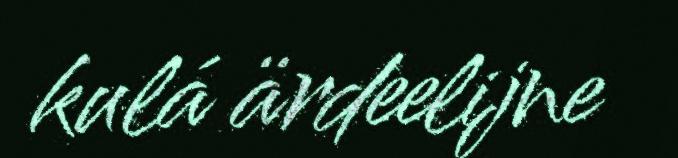
kulá ärdeelijne